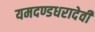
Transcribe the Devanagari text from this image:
यमदण्डधरादेवी